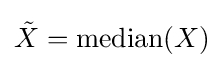
{\tilde {X}}=\operatorname {median} (X)